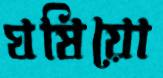
ঘষিয়ো